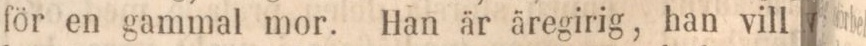
för en gammal mor. Han är äregirig, han vill